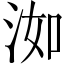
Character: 洳